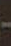
-